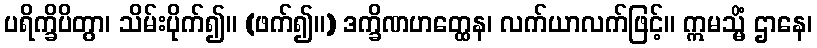
ပရိက္ခိပိတွာ၊ သိမ်းပိုက်၍။ (ဖက်၍။) ဒက္ခိဏဟတ္ထေန၊ လက်ယာလက်ဖြင့်။ ဣမသ္မိံ ဌာနေ၊